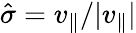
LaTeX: \hat{\sigma}=v_{\parallel}/|v_{\parallel}|